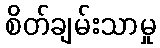
စိတ်ချမ်းသာမှု